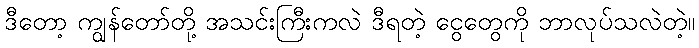
ဒီတော့ ကျွန်တော်တို့ အသင်းကြီးကလဲ ဒီရတဲ့ ငွေတွေကို ဘာလုပ်သလဲတဲ့။